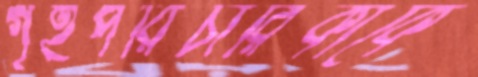
গৃহপরিচারিকাকে